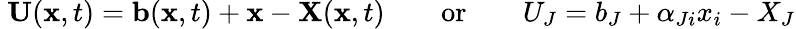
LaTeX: \ \mathbf{U}(\mathbf{x},t)=\mathbf{b}(\mathbf{x},t)+\mathbf{x}-\mathbf{X}(\mathbf{x},t)\qquad{\mathrm{or}}\qquad U_{J}=b_{J}+\alpha_{Ji}x_{i}-X_{J}